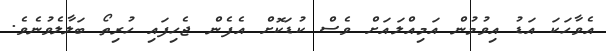
އެވާހަކަ އަޑު އިވުމުން އަމިއްލައަށް ވެސް ކުޑަކޮށް އެފެން ޖެހިފައި ހުރިތޯ ބަލާލެވުނެވެ.